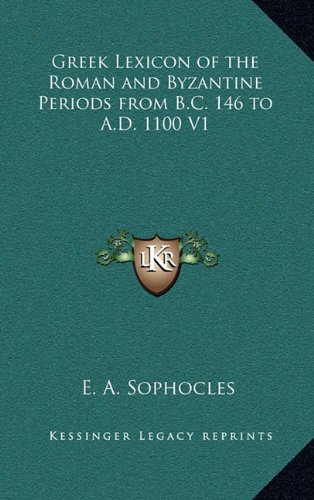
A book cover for Greek Lexicon of the Roman and Byzantine Periods from B.C. 146 to A.D. 1100 V1; E. A. Sophocles; Literature & Fiction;